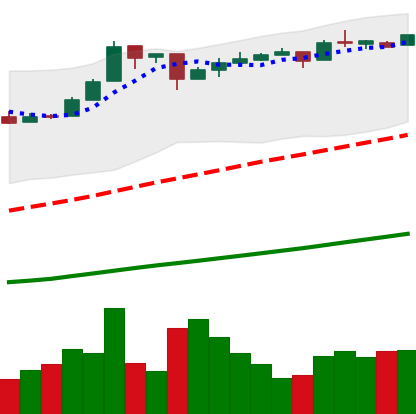
Ticker: BTC-USD
Chart end date: 2016-12-16
Forward return: 6.29%
Label: up_5_7